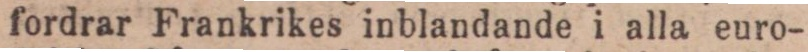
fordrar Frankrikes inblandande i alla euro-